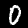
Digit: 0